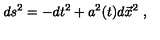
d s ^ { 2 } = - d t ^ { 2 } + a ^ { 2 } ( t ) d { \vec { x } } ^ { 2 } \ ,